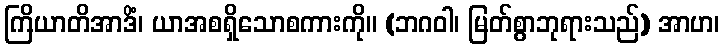
ကြိယာတိအာဒိံ၊ ယာအစရှိသောစကားကို။ (ဘဂဝါ၊ မြတ်စွာဘုရားသည်) အာဟ၊